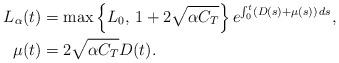
LaTeX: \begin{align*}L_\alpha (t)&=\max \left\{ L_0, \, 1+2\sqrt{\alpha C_T} \right\} e^{\int_0^t (D(s)+\mu (s))\, ds}, \\\mu (t)&=2\sqrt{\alpha C_T} D(t).\end{align*}